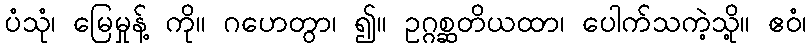
ပံသုံ၊ မြေမှုန့် ကို။ ဂဟေတွာ၊ ၍။ ဥဂ္ဂစ္ဆတိယထာ၊ ပေါက်သကဲ့သို့။ ဧဝံ၊